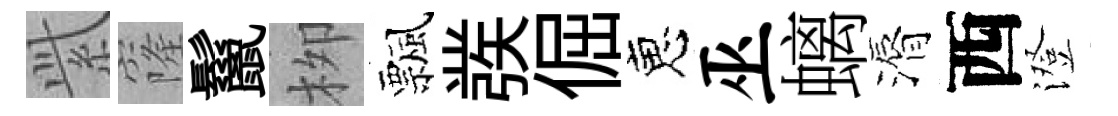
𬗋窿鬣栁飄彂倔恵巫螭漘西澄